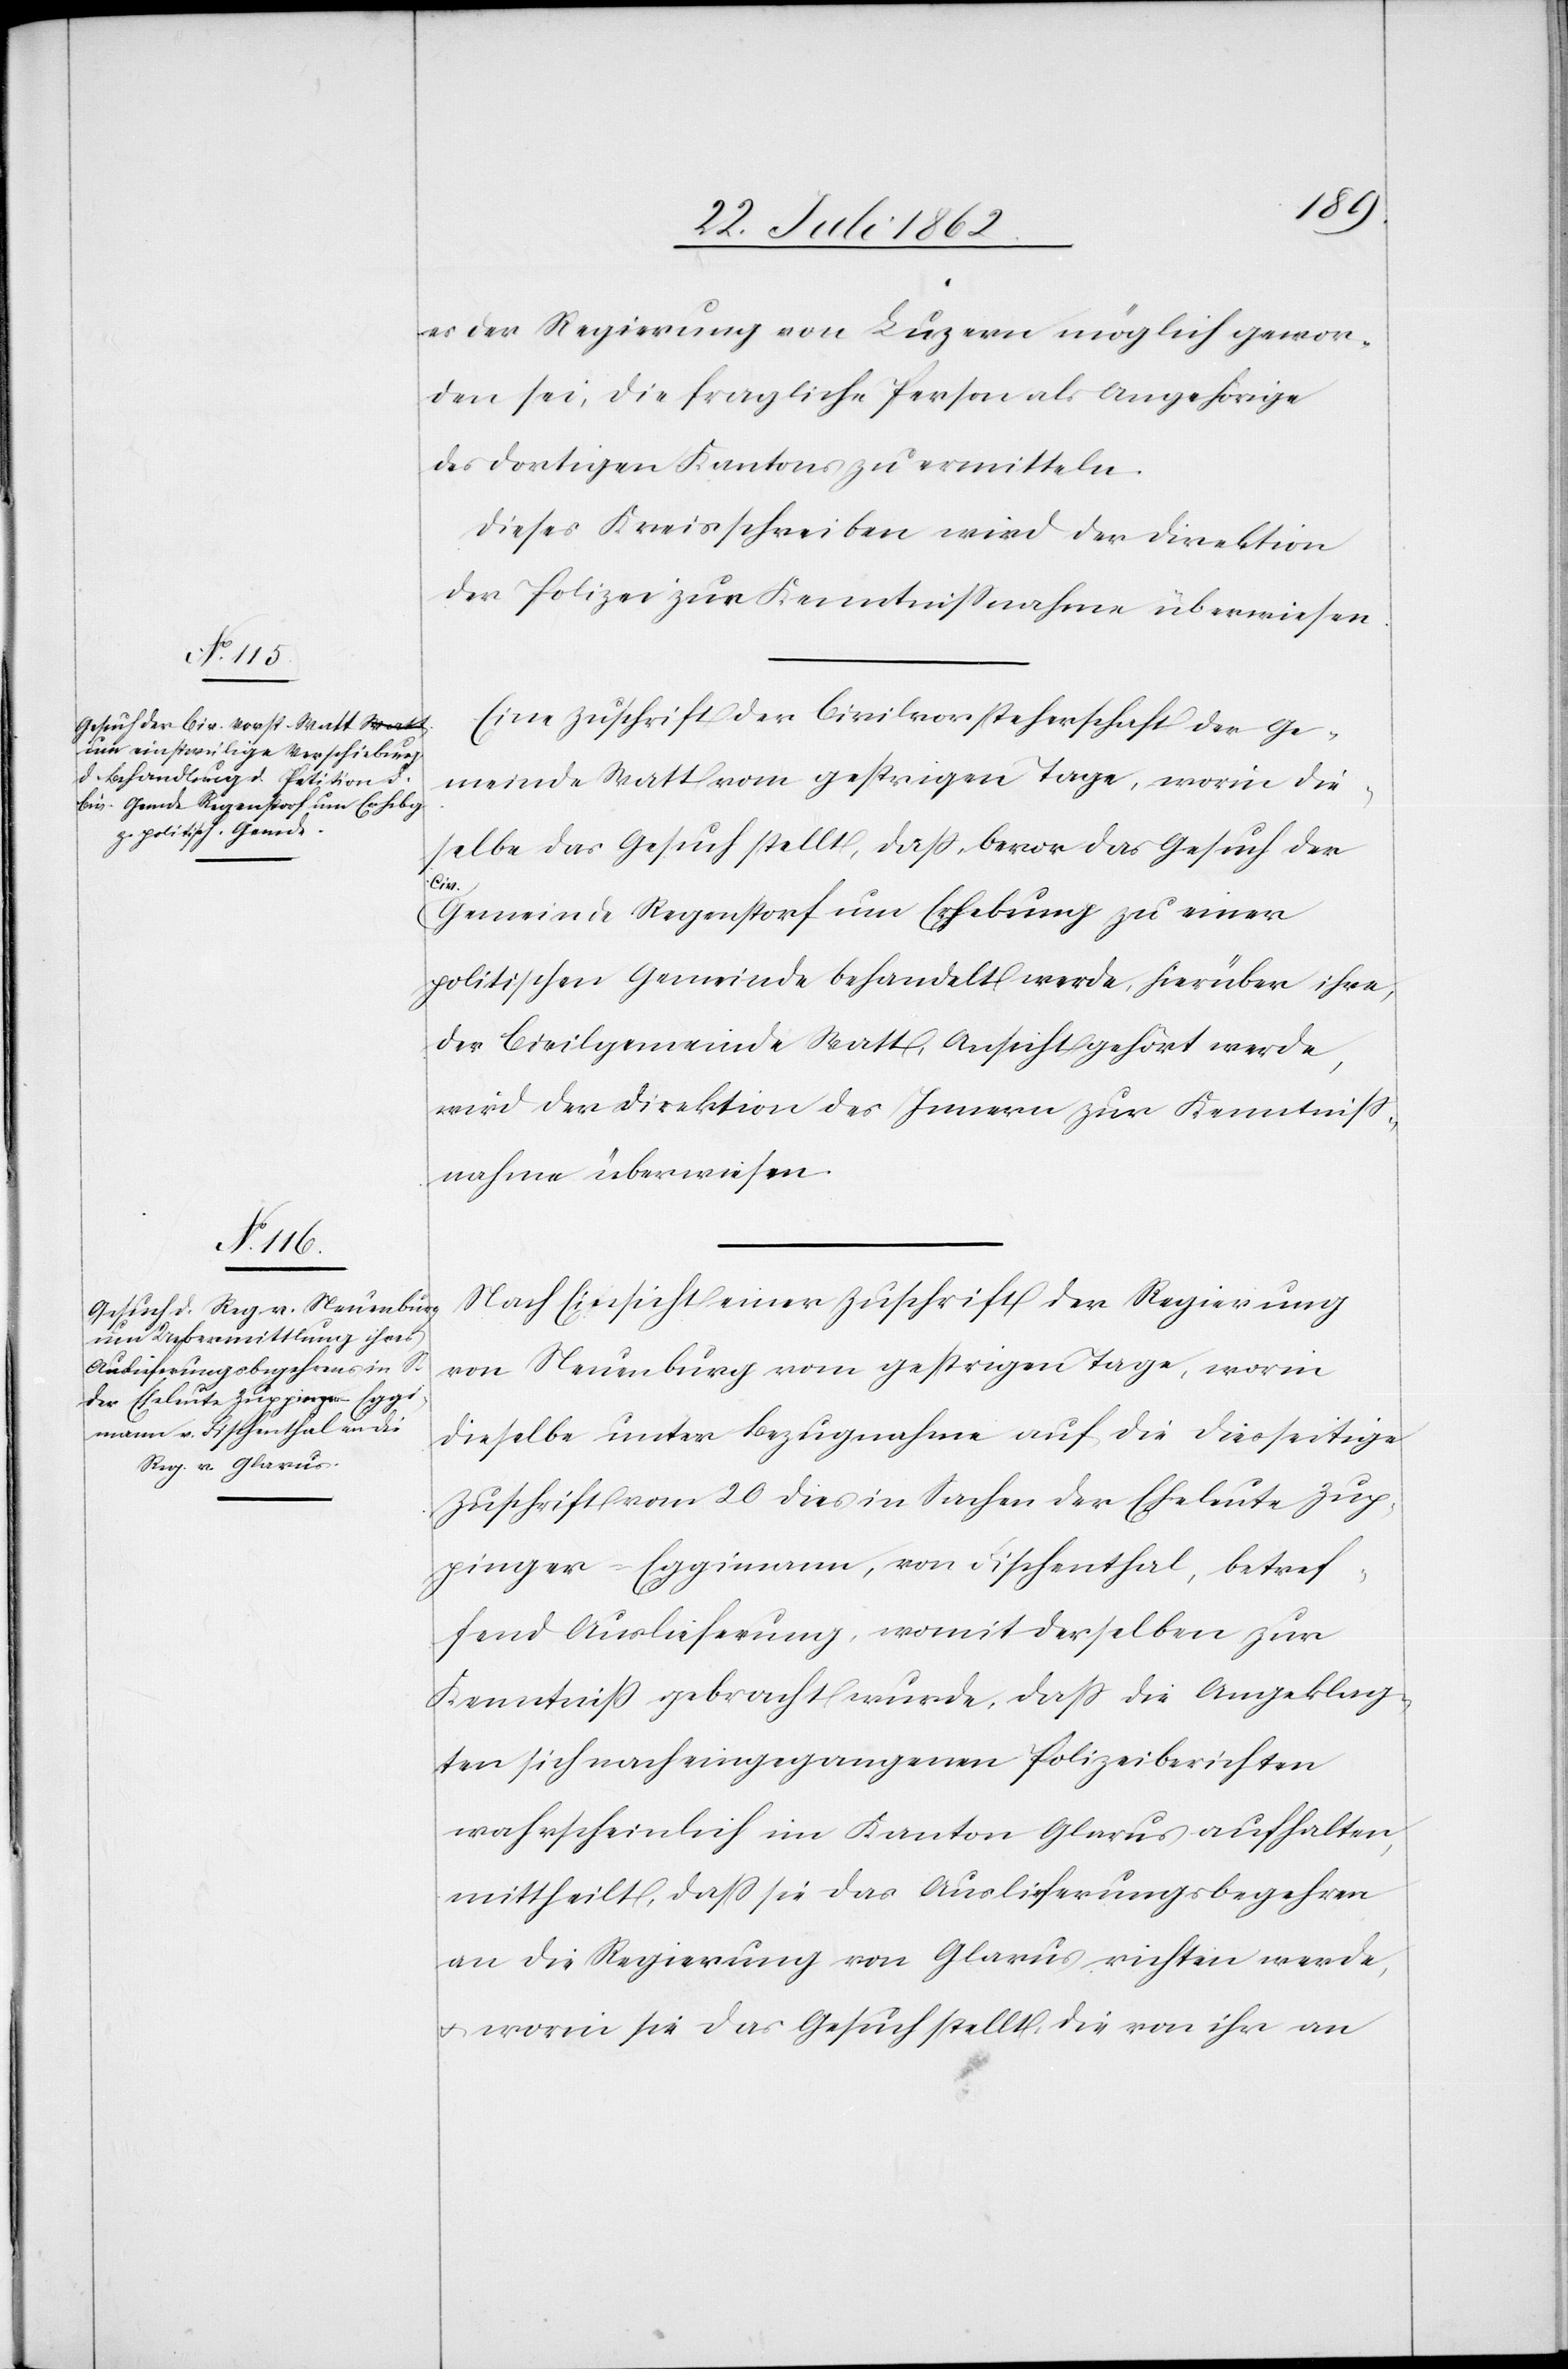
es der Regierung von Luzern möglich gewor¬
den sei, die fragliche Person als Angehörige
des dortigen Kantons zu ermitteln.
Dieses Kreisschreiben wird der Direktion
der Polizei zur Kenntnißnahme überwiesen.
Eine Zuschrift der Civilvorsteherschaft der Ge¬
meinde Watt vom gestrigen Tage, worin die¬
selbe das Gesuch stellt, daß, bevor das Gesuch der
Civ.
Gemeinde Regenstorf um Erhebung zu einer
politischen Gemeinde behandelt werde, hierüber ihre,
der Civilgemeinde Watt, Ansicht gehört werde,
wird der Direktion des Innern zur Kenntniß¬
nahme überwiesen.
Nach Einsicht einer Zuschrift der Regierung
von Neuenburg vom gestrigen Tage, worin
dieselbe unter Bezugnahme auf die diesseitige
Zuschrift vom 20. dies in Sachen der Eheleute Zup¬
pinger-Eggimann, von Fischenthal, betref¬
fend Auslieferung, womit derselben zur
Kenntniß gebracht wurde, daß die Angeklag¬
ten sich nach eingegangenen Polizeiberichten
wahrscheinlich im Kanton Glarus aufhalten,
mittheilt, daß sie das Auslieferungsbegehren
an die Regierung von Glarus richten werde,
u. worin sie das Gesuch stellt, die von ihr an